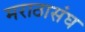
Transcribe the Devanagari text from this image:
मराठासंघ